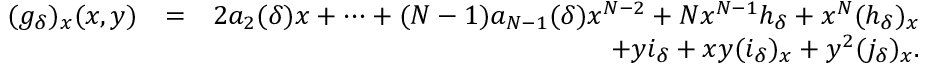
\begin{array} { r l r } { ( g _ { \delta } ) _ { x } ( x , y ) } & { = } & { 2 a _ { 2 } ( \delta ) x + \cdots + ( N - 1 ) a _ { N - 1 } ( \delta ) x ^ { N - 2 } + N x ^ { N - 1 } h _ { \delta } + x ^ { N } ( h _ { \delta } ) _ { x } } \\ & { } & { + y i _ { \delta } + x y ( i _ { \delta } ) _ { x } + y ^ { 2 } ( j _ { \delta } ) _ { x } . } \end{array}